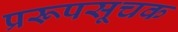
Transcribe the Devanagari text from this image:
प्ररूपसूचक